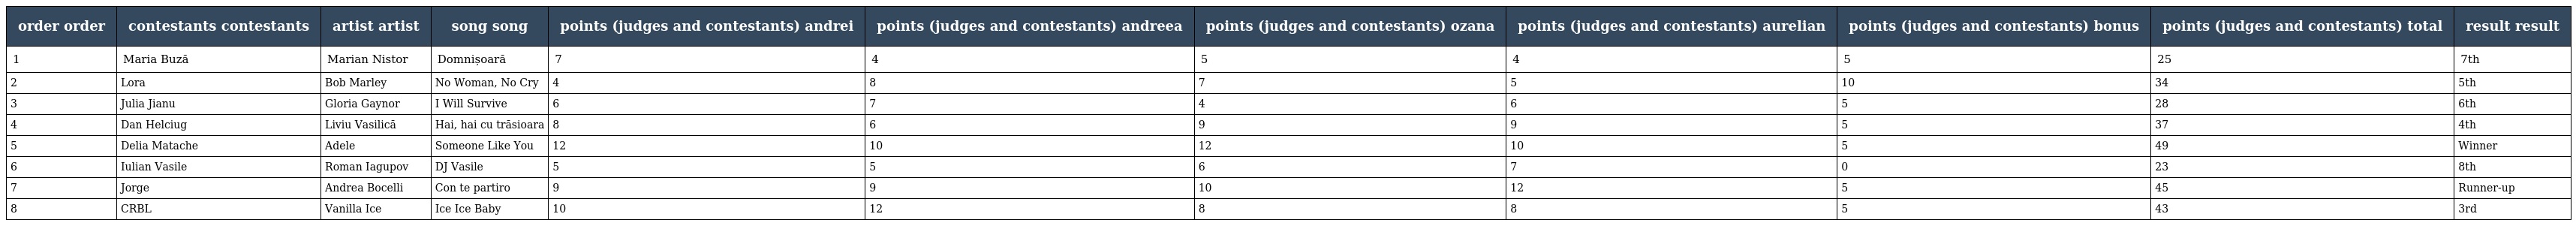
| order order | contestants contestants | artist artist | song song | points (judges and contestants) andrei | points (judges and contestants) andreea | points (judges and contestants) ozana | points (judges and contestants) aurelian | points (judges and contestants) bonus | points (judges and contestants) total | result result |
 | --- | --- | --- | --- | --- | --- | --- | --- | --- | --- | --- |
 | 1 | Maria Buză | Marian Nistor | Domnișoară | 7 | 4 | 5 | 4 | 5 | 25 | 7th |
 | 2 | Lora | Bob Marley | No Woman, No Cry | 4 | 8 | 7 | 5 | 10 | 34 | 5th |
 | 3 | Julia Jianu | Gloria Gaynor | I Will Survive | 6 | 7 | 4 | 6 | 5 | 28 | 6th |
 | 4 | Dan Helciug | Liviu Vasilică | Hai, hai cu trăsioara | 8 | 6 | 9 | 9 | 5 | 37 | 4th |
 | 5 | Delia Matache | Adele | Someone Like You | 12 | 10 | 12 | 10 | 5 | 49 | Winner |
 | 6 | Iulian Vasile | Roman Iagupov | DJ Vasile | 5 | 5 | 6 | 7 | 0 | 23 | 8th |
 | 7 | Jorge | Andrea Bocelli | Con te partiro | 9 | 9 | 10 | 12 | 5 | 45 | Runner-up |
 | 8 | CRBL | Vanilla Ice | Ice Ice Baby | 10 | 12 | 8 | 8 | 5 | 43 | 3rd |